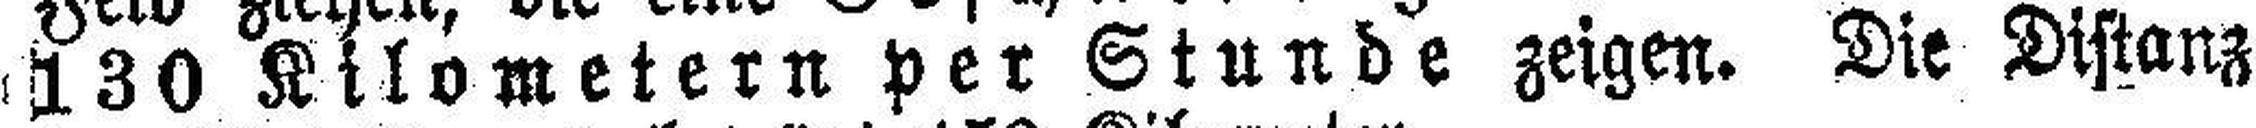
130 Kilometern per Stunde zeigen. Die Distanz